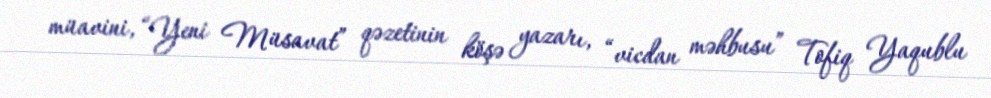
müavini, “Yeni Müsavat” qəzetinin köşə yazarı, “vicdan məhbusu” Tofiq Yaqublu